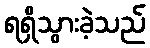
ရရှိသွားခဲ့သည်